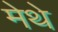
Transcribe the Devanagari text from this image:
मेथे